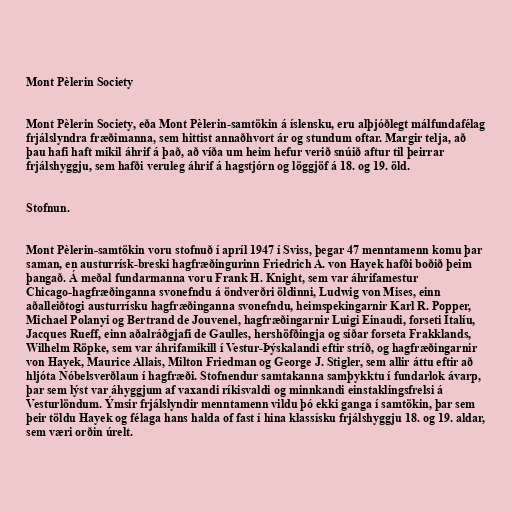
Mont Pèlerin Society

Mont Pèlerin Society, eða Mont Pèlerin-samtökin á íslensku, eru alþjóðlegt málfundafélag
frjálslyndra fræðimanna, sem hittist annaðhvort ár og stundum oftar. Margir telja, að
þau hafi haft mikil áhrif á það, að víða um heim hefur verið snúið aftur til þeirrar
frjálshyggju, sem hafði veruleg áhrif á hagstjórn og löggjöf á 18. og 19. öld.

Stofnun.

Mont Pèlerin-samtökin voru stofnuð í apríl 1947 í Sviss, þegar 47 menntamenn komu þar
saman, en austurrísk-breski hagfræðingurinn Friedrich A. von Hayek hafði boðið þeim
þangað. Á meðal fundarmanna voru Frank H. Knight, sem var áhrifamestur
Chicago-hagfræðinganna svonefndu á öndverðri öldinni, Ludwig von Mises, einn
aðalleiðtogi austurrísku hagfræðinganna svonefndu, heimspekingarnir Karl R. Popper,
Michael Polanyi og Bertrand de Jouvenel, hagfræðingarnir Luigi Einaudi, forseti Ítalíu,
Jacques Rueff, einn aðalráðgjafi de Gaulles, hershöfðingja og síðar forseta Frakklands,
Wilhelm Röpke, sem var áhrifamikill í Vestur-Þýskalandi eftir stríð, og hagfræðingarnir
von Hayek, Maurice Allais, Milton Friedman og George J. Stigler, sem allir áttu eftir að
hljóta Nóbelsverðlaun í hagfræði. Stofnendur samtakanna samþykktu í fundarlok ávarp,
þar sem lýst var áhyggjum af vaxandi ríkisvaldi og minnkandi einstaklingsfrelsi á
Vesturlöndum. Ýmsir frjálslyndir menntamenn vildu þó ekki ganga í samtökin, þar sem
þeir töldu Hayek og félaga hans halda of fast í hina klassísku frjálshyggju 18. og 19. aldar,
sem væri orðin úrelt.